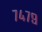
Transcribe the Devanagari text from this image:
७४७९